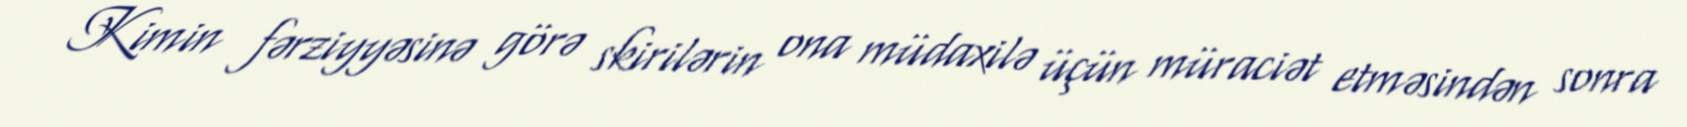
Kimin fərziyyəsinə görə skirilərin ona müdaxilə üçün müraciət etməsindən sonra